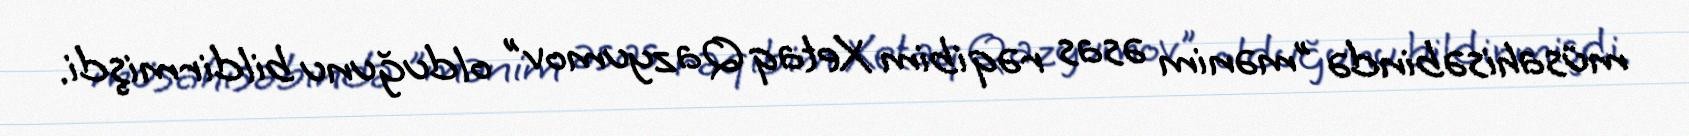
müsahisəbində "mənim əsas rəqibim Xetaq Qazyumov" olduğunu bildirmişdi.